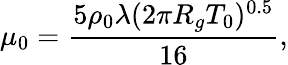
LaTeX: \mu_{0}=\frac{5\rho_{0}\lambda(2\pi R_{g}T_{0})^{0.5}}{16},